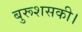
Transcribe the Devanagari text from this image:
बुरूशसकी।